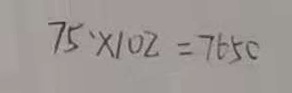
7 5 \cdot \times 1 0 2 = 7 6 5 0